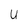
Character: u